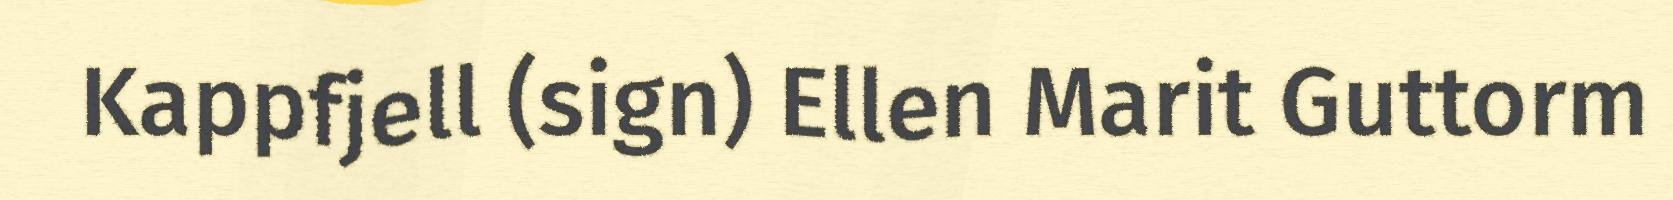
Kappfjell (sign) Ellen Marit Guttorm